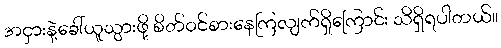
အငှားနဲ့ခေါ်ယူသွားဖို့ စိတ်ဝင်စားနေကြလျက်ရှိကြောင်း သိရှိရပါတယ်။